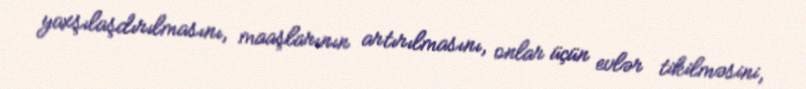
yaxşılaşdırılmasını, maaşlarının artırılmasını, onlar üçün evlər tikilməsini,